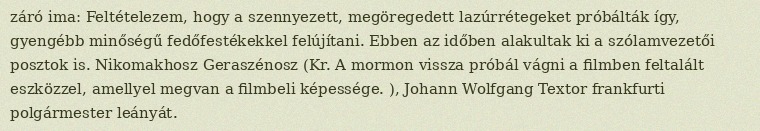
záró ima: Feltételezem, hogy a szennyezett, megöregedett lazúrrétegeket próbálták így, gyengébb minőségű fedőfestékekkel felújítani. Ebben az időben alakultak ki a szólamvezetői posztok is. Nikomakhosz Geraszénosz (Kr. A mormon vissza próbál vágni a filmben feltalált eszközzel, amellyel megvan a filmbeli képessége. ), Johann Wolfgang Textor frankfurti polgármester leányát.